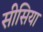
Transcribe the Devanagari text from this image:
सीसिया